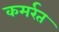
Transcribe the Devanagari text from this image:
कमर्रत